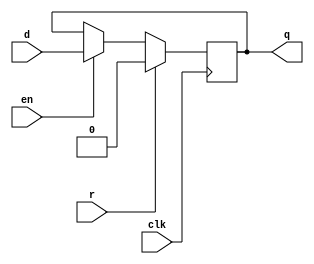
module dffre(d,en,r,clk,q);
  parameter n=1;
  input en,r,clk;
  input[n-1:0] d;
  output reg[n-1:0] q; 
	always @(posedge clk)
	  if(r) q={n{1'b0}};   // Synchronous zero
	  else if(en) q=d;     // when en=1,r=0
	    else q=q; 		   // state maintence
endmodule